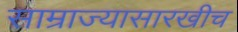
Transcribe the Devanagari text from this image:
साम्राज्यासारखीच